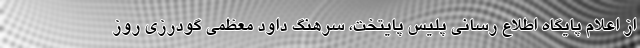
از اعلام پایگاه اطلاع رسانی پلیس پایتخت، سرهنگ داود معظمی گودرزی روز